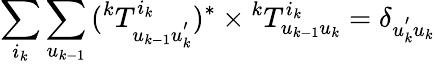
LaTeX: \sum_{i_{k}}{\sum_{u_{k-1}}{({^kT_{u_{k-1}u_{k}^{'}}^{i_{k}}})^{*}\times{^kT_{u_{k-1}u_{k}}^{i_{k}}}}}=\delta_{u_{k}^{'}u_{k}}